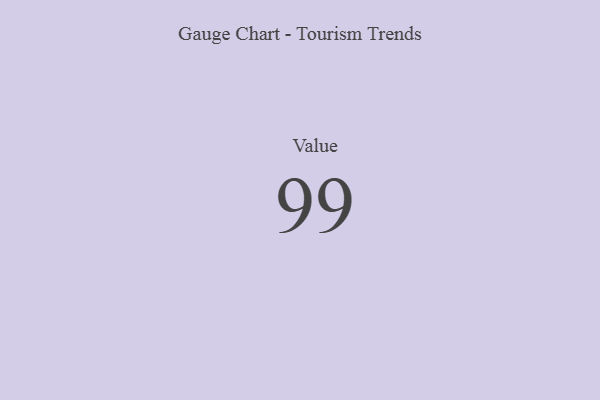
{"axis": {"x": "Metric", "y": "Value"}, "legend": [""], "data": [{"x": "Value", "y": 99, "type": ""}]}